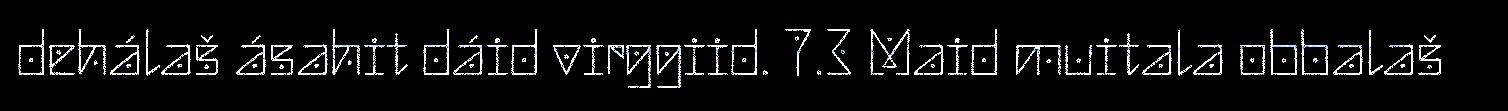
dehálaš ásahit dáid virggiid. 7.3 Maid muitala obbalaš